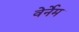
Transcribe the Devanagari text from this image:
वेर्नेम